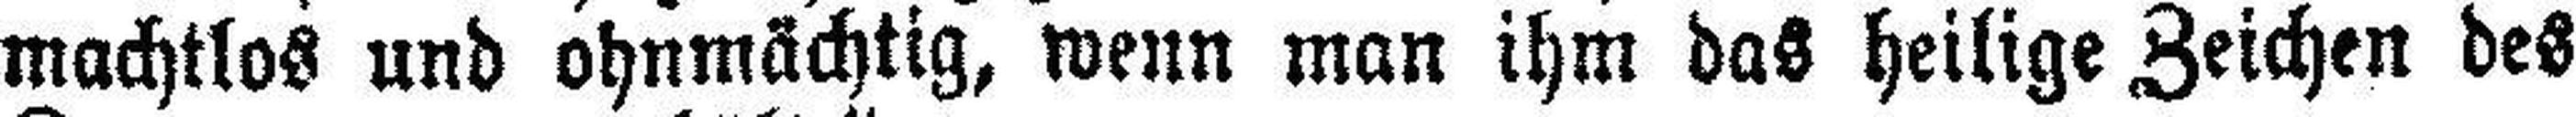
machtlos und ohnmächtig, wenn man ihm das heilige Zeichen des